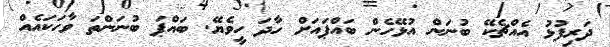
ދަރިފުޅު އެއްޗެކޭ ބުނަން އުޅޭހެން ބައްޕައަށް ހާދަ ހީވެޔޭ. ބައްޕަ ބުނަންތަ ވާހަކައެއް